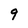
Character: 9